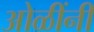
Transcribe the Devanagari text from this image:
ओळींनी